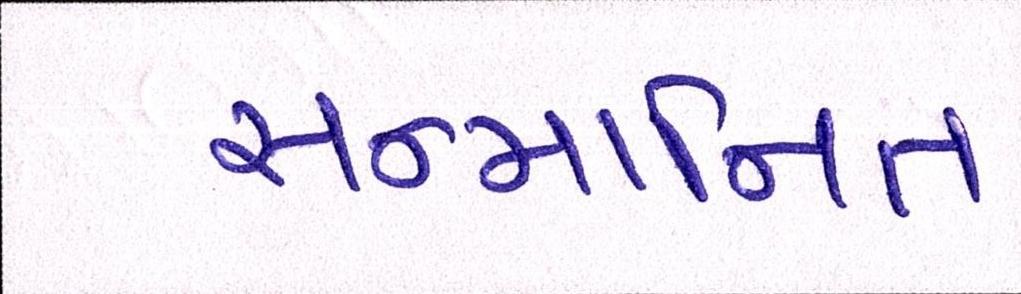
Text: સન્માનિત